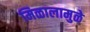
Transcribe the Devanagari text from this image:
मिळालामुळे